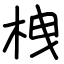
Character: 栧